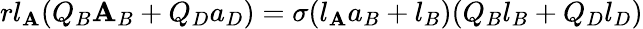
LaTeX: rl_{\mathbf{A}}(Q_{B}\mathbf{A}_{B}+Q_{D}a_{D})=\sigma(l_{\mathbf{A}}a_{B}+l_{B})(Q_{B}l_{B}+Q_{D}l_{D})